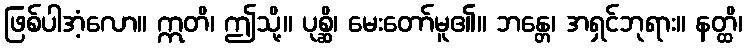
ဖြစ်ပါအံ့လော။ ဣတိ၊ ဤသို့။ ပုစ္ဆိ၊ မေးတော်မူ၏။ ဘန္တေ၊ အရှင်ဘုရား။ နတ္ထိ၊